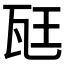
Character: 𪼷